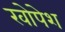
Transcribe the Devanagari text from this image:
खोपेश